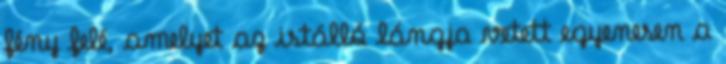
fény felé, amelyet az istálló lángja vetett egyenesen a